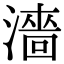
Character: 濇